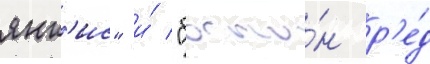
янк'ис" и́ "босто́н р'е́д